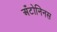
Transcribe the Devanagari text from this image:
अँटोनिनस